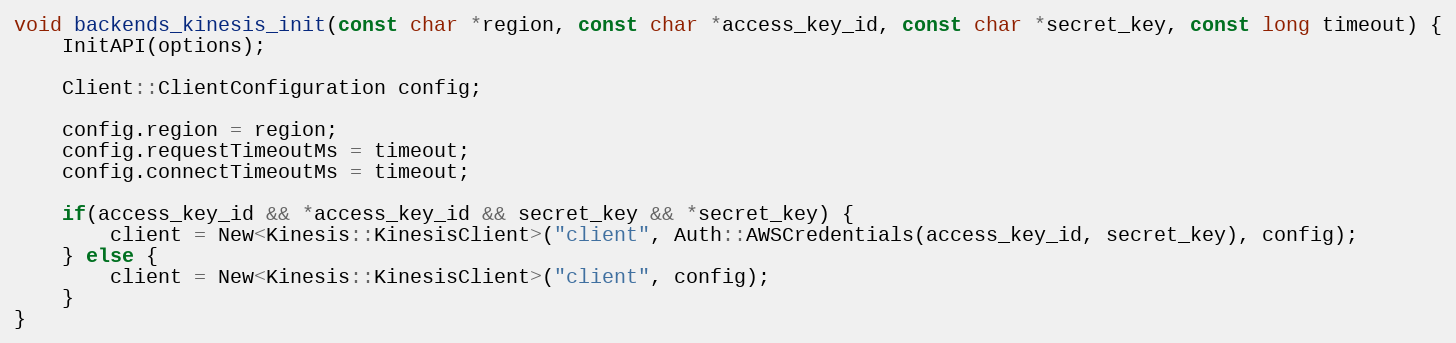
Language: C++
void backends_kinesis_init(const char *region, const char *access_key_id, const char *secret_key, const long timeout) {
    InitAPI(options);

    Client::ClientConfiguration config;

    config.region = region;
    config.requestTimeoutMs = timeout;
    config.connectTimeoutMs = timeout;

    if(access_key_id && *access_key_id && secret_key && *secret_key) {
        client = New<Kinesis::KinesisClient>("client", Auth::AWSCredentials(access_key_id, secret_key), config);
    } else {
        client = New<Kinesis::KinesisClient>("client", config);
    }
}